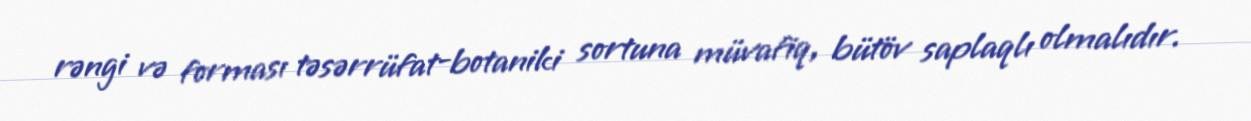
rəngi və forması təsərrüfat-botaniki sortuna müvafiq, bütöv saplaqlı olmalıdır.